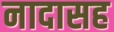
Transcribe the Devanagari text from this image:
नादासह